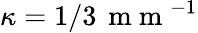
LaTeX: \kappa=1/3\, \mathrm{~m~m~}^{-1}